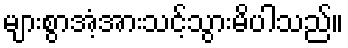
များစွာအံ့အားသင့်သွားမိပါသည်။